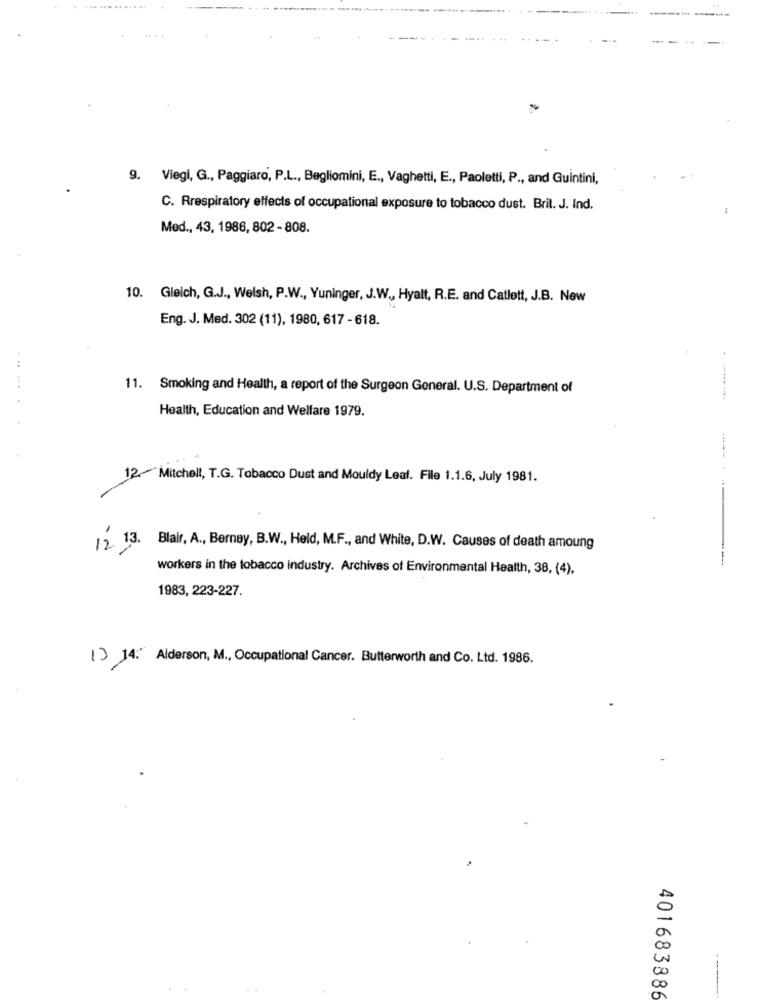
9. Viegi, G ., Paggiaro, P.L ., Begliomini, E ., Vaghetti, E ., Paoletti, P ., and Guintini,
C. Rrespiratory effects of occupational exposure to tobacco dust. Brit. J. Ind.
Med ., 43, 1986, 802 - 808.
10. Gleich, G.J ., Welsh, P.W ., Yuninger, J.W ., Hyalt, R.E. and Catlett, J.B. New
Eng. J. Med. 302 (11), 1980, 617 - 618.
. ..
11. Smoking and Health, a report of the Surgeon General. U.S. Department of
Health, Education and Welfare 1979.
12. Mitchell, T.G. Tobacco Dust and Mouldy Leaf. File 1.1.6, July 1981.
12. 13.
Blair, A ., Berney, B.W ., Held, M.F ., and White, D.W. Causes of death amoung
workers in the tobacco industry. Archives of Environmental Health, 38, (4).
1983, 223-227.
13 14: Alderson, M ., Occupational Cancer. Butterworth and Co. Ltd. 1986.
401683886